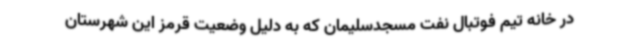
در خانه تیم فوتبال نفت مسجدسلیمان که به دلیل وضعیت قرمز این شهرستان